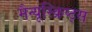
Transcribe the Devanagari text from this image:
मैन्यूस्क्रिप्ट्स